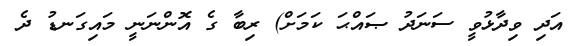
އަދި ވިދާޅުވީ ސަނަދު ޞައްޙަ ކަމަށް) ރިބާ ގެ އޮންނަނީ މައިގަނޑު ދެ